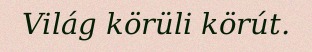
Világ körüli körút.